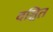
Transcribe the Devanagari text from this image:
वञ्चित